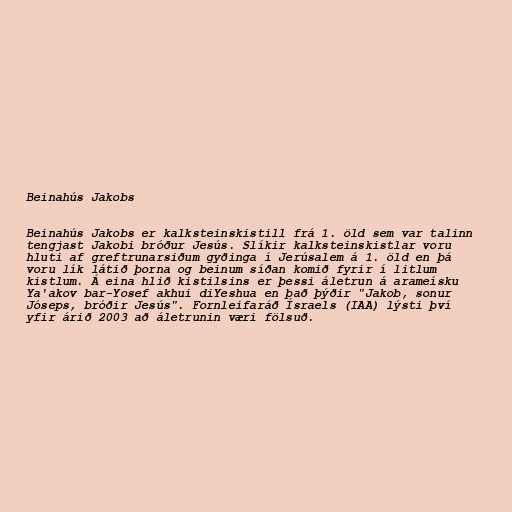
Beinahús Jakobs

Beinahús Jakobs er kalksteinskistill frá 1. öld sem var talinn
tengjast Jakobi bróður Jesús. Slíkir kalksteinskistlar voru
hluti af greftrunarsiðum gyðinga í Jerúsalem á 1. öld en þá
voru lík látið þorna og beinum síðan komið fyrir í litlum
kistlum. Á eina hlið kistilsins er þessi áletrun á arameísku
Ya'akov bar-Yosef akhui diYeshua en það þýðir "Jakob, sonur
Jóseps, bróðir Jesús". Fornleifaráð Ísraels (IAA) lýsti því
yfir árið 2003 að áletrunin væri fölsuð.